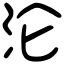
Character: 沦